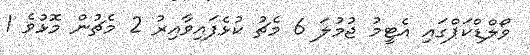
ވޯލްޑްކަޕްގައި އެޓީމު ޖުމުލަ 6 މެޗު ކުޅެފައިވާއިރު 2 މެޗުން މޮޅުވެ 1